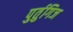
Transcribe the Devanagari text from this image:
पुर्तुगिज